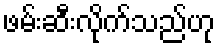
ဖမ်းဆီးလိုက်သည်ဟု